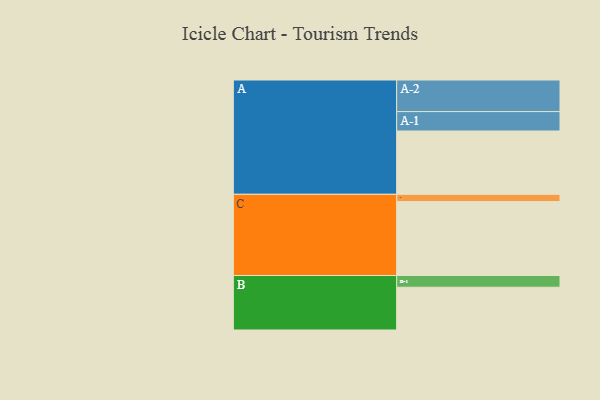
{"axis": {"x": "Segment", "y": "Value"}, "legend": ["", "A", "B", "C"], "data": [{"x": "A", "y": 453, "type": ""}, {"x": "B", "y": 306, "type": ""}, {"x": "C", "y": 529, "type": ""}, {"x": "A-1", "y": 139, "type": "A"}, {"x": "A-2", "y": 226, "type": "A"}, {"x": "B-1", "y": 84, "type": "B"}, {"x": "C-1", "y": 52, "type": "C"}]}